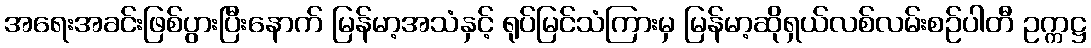
အရေးအခင်းဖြစ်ပွားပြီးနောက် မြန်မာ့အသံနှင့် ရုပ်မြင်သံကြားမှ မြန်မာ့ဆိုရှယ်လစ်လမ်းစဉ်ပါတီ ဥက္ကဋ္ဌ